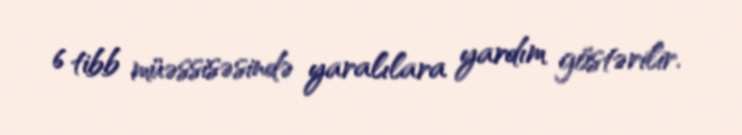
6 tibb müəssisəsində yaralılara yardım göstərilir.